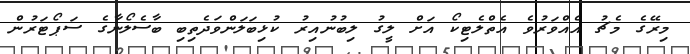
މިރޭގެ މެޗު އެއްވަރުވެ އެތްލެޓިކޯ އަށް ލީގު ލިބުނުއިރު ކުޅިބަލަންވަދެތިބި ބާސެލޯނާގެ ސަޕޯޓަރުން